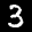
Label: 3